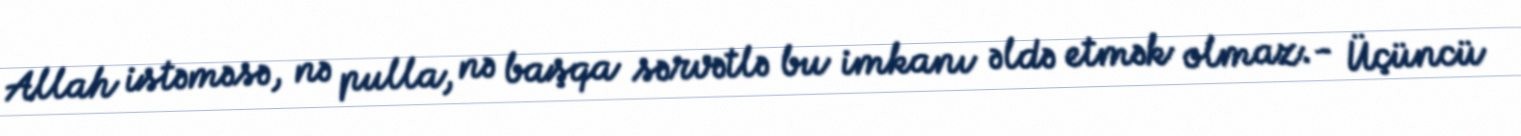
Allah istəməsə, nə pulla, nə başqa sərvətlə bu imkanı əldə etmək olmaz.- Üçüncü